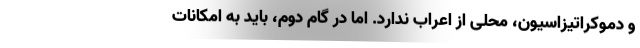
و دموکراتیزاسیون، محلی از اعراب ندارد. اما در گام دوم، باید به امکانات